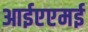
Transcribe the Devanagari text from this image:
आईएएमई